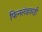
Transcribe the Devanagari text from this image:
फिनलंडवरही